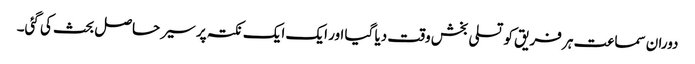
دوران سماعت ہر فریق کو تسلی بخش وقت دیا گیا اور ایک ایک نکتہ پر سیر حاصل بحث کی گئی۔